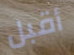
أقبل